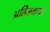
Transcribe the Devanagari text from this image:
अतिउजव्या